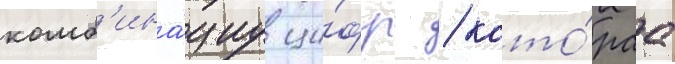
комб'ина́циу ци́фр / кото́раа